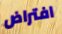
افتراض